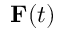
\mathbf F ( t )